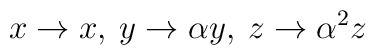
x \rightarrow x, \: y \rightarrow \alpha y, \: z \rightarrow \alpha^2 z